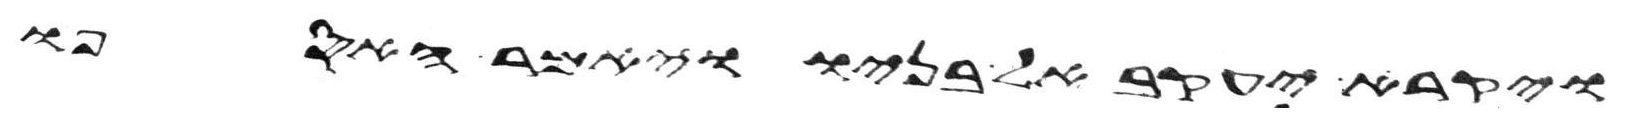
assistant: ויקרא יעקב אל בניו ויאמר האספו